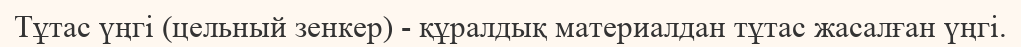
Тұтас үңгі (цельный зенкер) - құралдық материалдан тұтас жасалған үңгі.